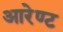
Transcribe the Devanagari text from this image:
आरेण्ट